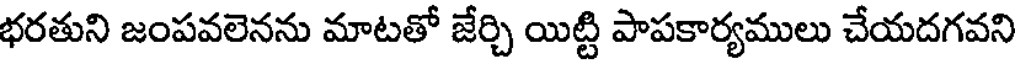
భరతుని జంపవలెనను మాటతో జేర్చి యిట్టి పాపకార్యములు చేయదగవని